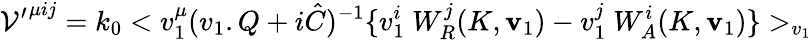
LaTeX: {{\cal{V}}^{\prime}}^{\mu ij}=k_{0}<v_{1}^{\mu}(v_{1}.Q+i\hat{C})^{-1}\lbrace v_{1}^{i}\ W_{R}^{j}(K,{\mathbf{v}}_{1})-v_{1}^{j}\ W_{A}^{i}(K,{\mathbf{v}}_{1})\rbrace>_{v_{1}}